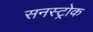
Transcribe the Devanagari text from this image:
सनस्ट्रोक